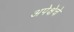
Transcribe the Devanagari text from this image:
अपेक्षेचे